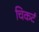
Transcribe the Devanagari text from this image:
चिकर्ट